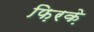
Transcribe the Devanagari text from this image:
फ़िरके़